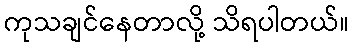
ကုသချင်နေတာလို့ သိရပါတယ်။